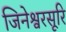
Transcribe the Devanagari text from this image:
जिनेश्वरसूरि